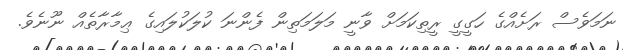
ނަމަވެސް ރަށެއްގެ ހަގީގީ ރީތިކަމަށް ވާނީ މަލަމަތިން ފެންނަ ކުލަކުލައިގެ ޢިމާރާތެއް ނޫނެވެ.